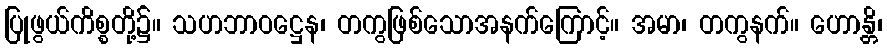
ပြုဖွယ်ကိစ္စတို့၌။ သဟဘာဝဋ္ဌေန၊ တကွဖြစ်သောအနက်ကြောင့်။ အမာ၊ တကွနက်။ ဟောန္တိ၊